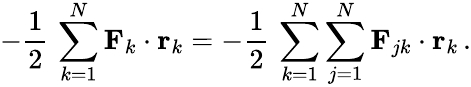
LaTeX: -{\frac{1}{2}}\, \sum_{k=1}^{N}\mathbf{F}_{k}\cdot\mathbf{r}_{k}=-{\frac{1}{2}}\, \sum_{k=1}^{N}\sum_{j=1}^{N}\mathbf{F}_{jk}\cdot\mathbf{r}_{k}\, .